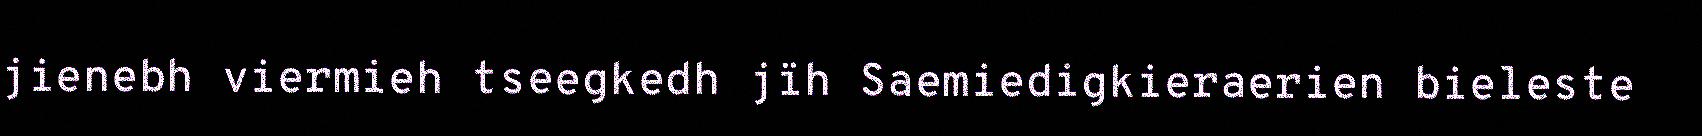
jienebh viermieh tseegkedh jïh Saemiedigkieraerien bieleste